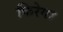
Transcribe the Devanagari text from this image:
फिरेगा